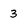
Character: 3